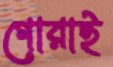
গোরাই